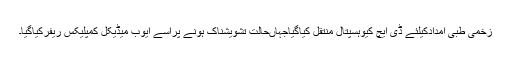
زخمی طبی امدادکیلئے ڈی ایچ کیوہسپتال منتقل کیاگیاجہاںحالت تشویشناک ہونے پراسے ایوب میڈیکل کمپلیکس ریفرکیاگیا۔